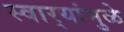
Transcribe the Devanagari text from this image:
स्वार्‍यांमुळे